Indian journal of veterinary science and animal husbandry - Volumes 26-27, 1956-1957
Year: 1956
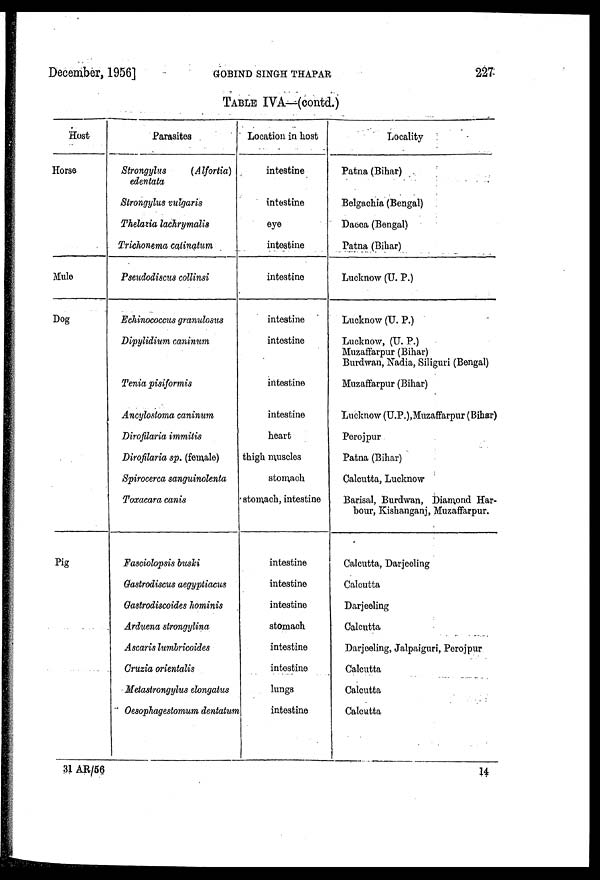
December, 1956]
GOBIND
SINGH
THAPAR
227
TABLE IVA—(contd.)
Host
Horse
Mule
Dog
Pig
Parasites
Strongylus
(Alfortia)
edentata
Strongylus vulgaris
Thelazia lachrymalis
Trichonema catinatum
Pseudodiscus collinsi
Echinococcus granulosus
Dipylidium caninum
Tenia pisiformis
Ancylostoma caninum
Dirofilaria immitis
Dirofilaria sp. (female)
Spirocerca sanguinolenta
Toxacara canis
Fasciolopsis buski
Gastrodiscus aegyptiacus
Gastrodiscoides hominis
Arduena strongylina
Ascaris lumbricoides
Cruzia orientalis
Metastrongylus elongatus
Oesophagestomum dentatum
Location in host
intestine
intestine
eye
intestine
intestine
intestine
intestine
intestine
intestine
heart
thigh muscles
stomach
stomach, intestine
intestine
intestine
intestine
stomach
intestine
intestine
lungs
intestine
Locality
Patna (Bihar)
Belgachia (Bengal)
Dacca (Bengal)
Patna (Bihar)
Lucknow (U. P.)
Lucknow (U. P.)
Lucknow, (U. P.)
Muzaffarpur (Bihar)
Burdwan, Nadia, Siliguri (Bengal)
Muzaffarpur (Bihar)
Lucknow (U.P.), Muzaffarpur (Bihar)
Perojpur
Patna (Bihar)
Calcutta, Lucknow
Barisal, Burdwan, Diamond Har-
bour, Kishanganj, Muzaffarpur.
Calcutta, Darjeeling
Calcutta
Darjeeling
Calcutta
Darjeeling, Jalpaiguri, Perojpur
Calcutta
Calcutta
Calcutta
31 AR/56
14